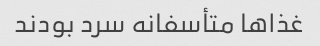
غذاها متأسفانه سرد بودند